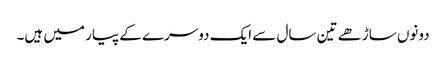
دونوں ساڑھے تین سال سے ایک دوسرے کے پیار میں ہیں۔